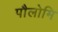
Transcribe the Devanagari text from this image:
पौलोमि